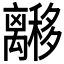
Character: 𬓟